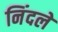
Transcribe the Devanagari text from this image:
निंदले